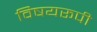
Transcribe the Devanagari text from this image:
विषयरूपी